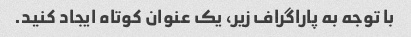
با توجه به پاراگراف زیر، یک عنوان کوتاه ایجاد کنید.